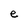
Character: e